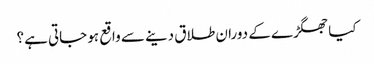
کیا جھگڑے کے دوران طلاق دینے سے واقع ہو جاتی ہے؟